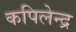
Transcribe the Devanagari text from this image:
कपिलेन्द्र